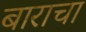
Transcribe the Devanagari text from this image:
बाराचा